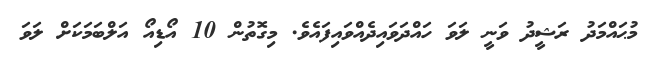
މުޙައްމަދު ރަޝީދު ވަނީ ލަވަ ހައްދަވައިދެއްވައިފައެވެ. މިގޮތުން 10 އޯޑިއޯ އަލްބަމަކަށް ލަވަ